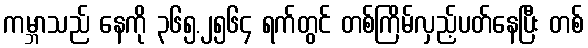
ကမ္ဘာသည် နေကို ၃၆၅.၂၅၆၄ ရက်တွင် တစ်ကြိမ်လှည့်ပတ်နေပြီး တစ်